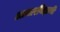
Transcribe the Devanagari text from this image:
आचारविज्ञानी